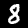
Label: 8